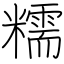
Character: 糯